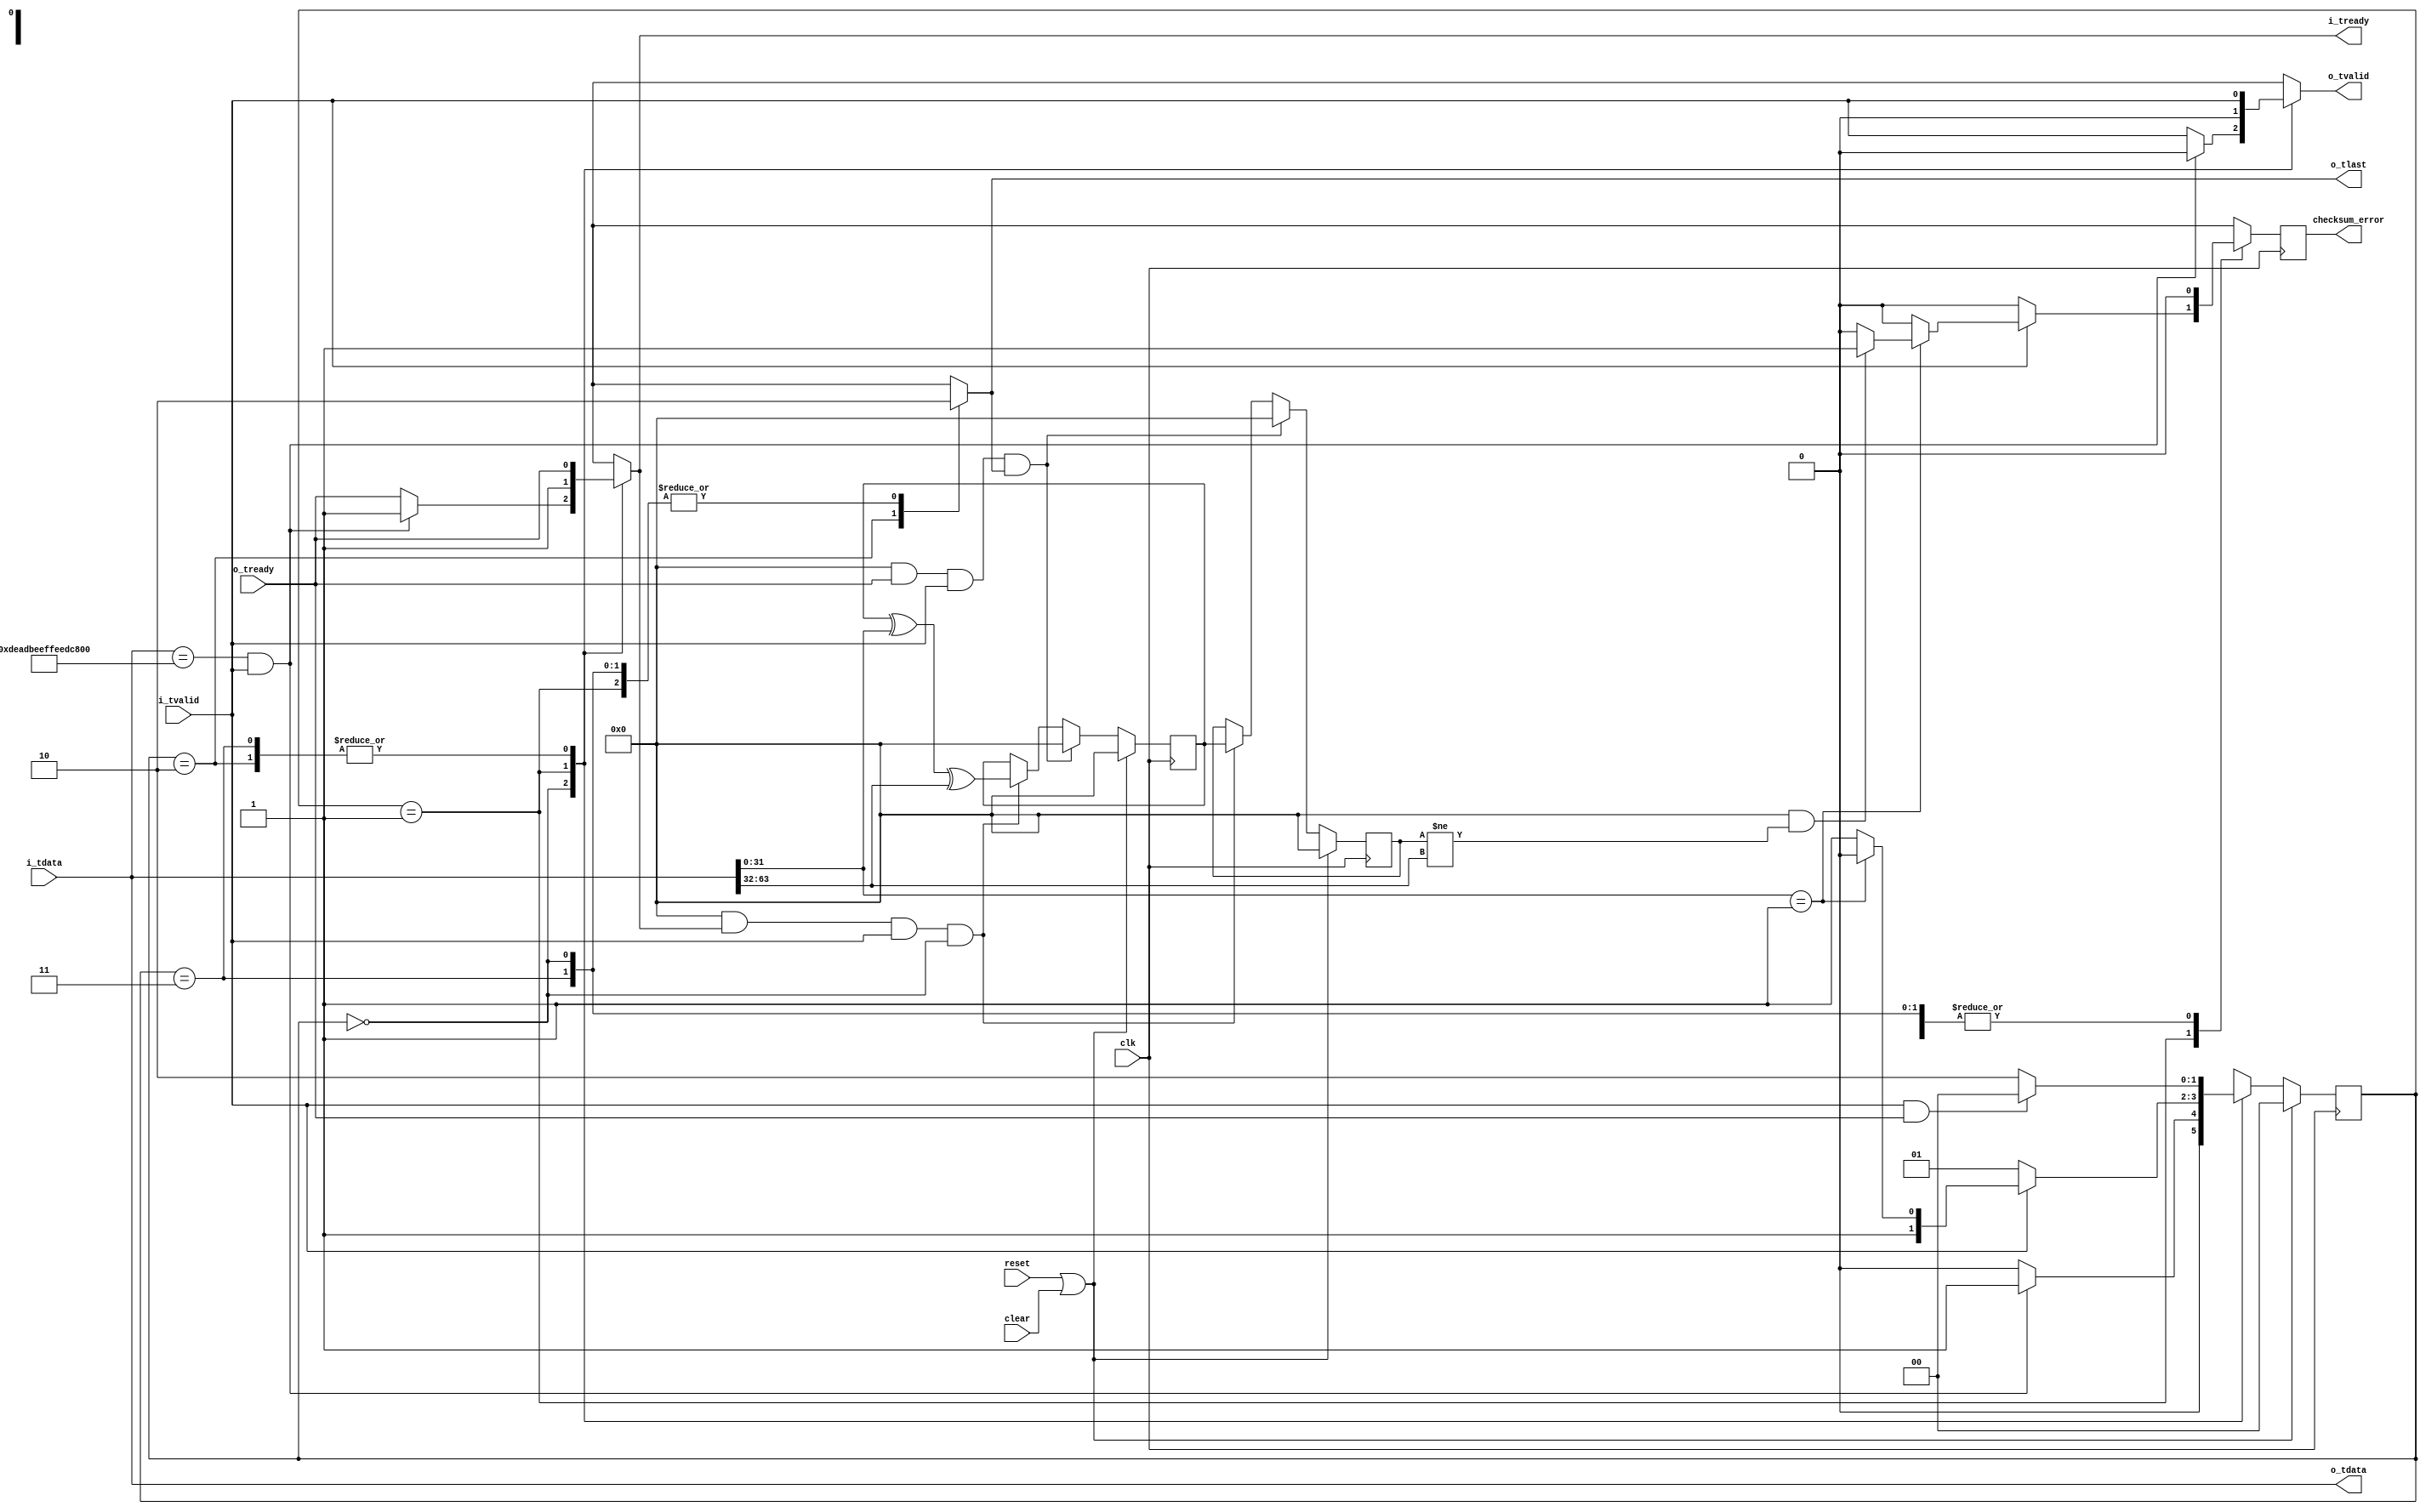
//
// Copyright 2014 Ettus Research LLC
// Copyright 2018 Ettus Research, a National Instruments Company
//
// SPDX-License-Identifier: LGPL-3.0-or-later
//
//
// AXI stream neds N+1 bits to transmit packets of N bits so that the LAST bit can be represented.
// LAST occurs relatively infrequently and can be synthesized by using an in-band ESC code to generate
// a multi-word sequence to encode it (and the escape character when it appears as data input).
//
// 0x1234567887654321 with last becomes
// 0xDEADBEEFFEEDCAFE 0x0000000000000001 0x1234567887654321
//
// 0xDEADBEEFFEEDCAFE with last becomes
// 0xDEADBEEFFEEDCAFE 0x0000000000000001 0xDEADBEEFFEEDCAFE
//
// 0xDEADBEEFFEEDCAFE without last becomes
// 0xDEADBEEFFEEDCAFE 0x0000000000000000 0xDEADBEEFFEEDCAFE
//

module axi_extract_tlast #(
  parameter WIDTH=64,
  parameter VALIDATE_CHECKSUM=0
) (
   input clk,
   input reset,
   input clear,
   //
   input [WIDTH-1:0] i_tdata,
   input i_tvalid,
   output reg i_tready,
   //
   output [WIDTH-1:0] o_tdata,
   output reg o_tlast,
   output reg o_tvalid,
   input  o_tready,
   //
   output reg checksum_error
);

   reg [1:0] state, next_state;
   
   localparam IDLE = 0;
   localparam EXTRACT1 = 1;
   localparam EXTRACT2 = 2;
   localparam EXTRACT3 = 3;
   
   assign     o_tdata = i_tdata;

   reg        checksum_error_pre;
   reg [31:0] checksum, old_checksum;

   always @(posedge clk) 
      if (reset | clear) begin
         checksum <= 0;
         old_checksum <= 0;
      end else if (VALIDATE_CHECKSUM && o_tready && i_tvalid && o_tlast) begin
         checksum <= 0;
         old_checksum <= 0;
      end else if (VALIDATE_CHECKSUM && i_tready && i_tvalid && (state == IDLE)) begin
         checksum <= checksum ^ i_tdata[31:0] ^ i_tdata[63:32];
         old_checksum <= checksum;
      end

   always @(posedge clk)
      checksum_error <= checksum_error_pre;

   always @(posedge clk) 
      if (reset | clear) begin
         state <= IDLE;
      end else begin
         state <= next_state;
      end 

   always @(*) begin
      checksum_error_pre = 0;
      case(state)
         //
         // Search for Escape sequence "0xDEADBEEFFEEDCAFE"
         // If ESC found don't pass data downstream but transition to next state.
         // else pass data downstream.
         //
         IDLE: begin
            o_tlast = 1'b0;
            if ((i_tdata == 64'hDEADBEEFFEEDCAFE) && i_tvalid) begin
               next_state = EXTRACT1;
               o_tvalid = 1'b0;
               i_tready = 1'b1;
            end else begin
               next_state = IDLE;
               o_tvalid = i_tvalid;
               i_tready = o_tready;
            end // else: !if((i_tdata == 'hDEADBEEFFEEDCAFE) && i_tvalid)
         end // case: IDLE
         //
         // Look at next data. If it's a 0x1 then o_tlast should be asserted with next data word.
         // if it's 0x0 then it signals emulation of the Escape code in the original data stream
         // and we should just pass the next data word through unchanged with no o_tlast indication.
         //
         EXTRACT1: begin
            o_tvalid = 1'b0;
            i_tready = 1'b1;
            o_tlast = 1'b0;
            if (i_tvalid) begin
               if (i_tdata[31:0] == 'h1) begin
                  if (VALIDATE_CHECKSUM && (old_checksum != i_tdata[63:32])) 
                     checksum_error_pre = 1'b1;
                  next_state = EXTRACT2;
               end else  begin
                  // We assume emulation and don't look for illegal codes.
                  next_state = EXTRACT3;
               end // else: !if(i_tdata == 'h1)
            end else begin // if (i_tvalid)
               next_state = EXTRACT1;
            end // else: !if(i_tvalid)
         end // case: EXTRACT1
         //
         // Assert o_tlast with data word.
         //
         EXTRACT2: begin
            o_tvalid = i_tvalid;
            i_tready = o_tready;
            o_tlast = 1'b1;
            if (i_tvalid & o_tready)
               next_state = IDLE;
            else
               next_state = EXTRACT2;
         end
         //
         // Emulation, don't assert o_tlast with dataword.
         //
         EXTRACT3: begin
            o_tvalid = i_tvalid;
            i_tready = o_tready;
            o_tlast = 1'b0;
            if (i_tvalid & o_tready)
               next_state = IDLE;
            else
               next_state = EXTRACT2;
         end
      endcase // case(state)
   end

endmodule // axi_extract_tlast